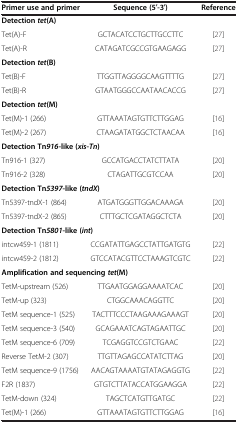
<table><thead><tr><td><b>Primer use and primer</b></td><td><b>Sequence (5′-3′)</b></td><td><b>Reference</b></td></tr></thead><tbody><tr><td colspan="3"><b>Detection </b><b><i>tet</i></b><b>(A)</b></td></tr><tr><td>Tet(A)-F</td><td>GCTACATCCTGCTTGCCTTC</td><td>[27]</td></tr><tr><td>Tet(A)-R</td><td>CATAGATCGCCGTGAAGAGG</td><td>[27]</td></tr><tr><td colspan="3"><b>Detection </b><b><i>tet</i></b><b>(B)</b></td></tr><tr><td>Tet(B)-F</td><td>TTGGTTAGGGGCAAGTTTTG</td><td>[27]</td></tr><tr><td>Tet(B)-R</td><td>GTAATGGGCCAATAACACCG</td><td>[27]</td></tr><tr><td colspan="3"><b>Detection </b><b><i>tet</i></b><b>(M)</b></td></tr><tr><td>Tet(M)-1 (266)</td><td>GTTAAATAGTGTTCTTGGAG</td><td>[16]</td></tr><tr><td>Tet(M)-2 (267)</td><td>CTAAGATATGGCTCTAACAA</td><td>[16]</td></tr><tr><td colspan="3"><b>Detection Tn </b><b><i>916 </i></b><b>-like ( </b><b><i>xis </i></b><b>- </b><b><i>Tn </i></b><b>)</b></td></tr><tr><td>Tn916-1 (327)</td><td>GCCATGACCTATCTTATA</td><td>[20]</td></tr><tr><td>Tn916-2 (328)</td><td>CTAGATTGCGTCCAA</td><td>[20]</td></tr><tr><td colspan="3"><b>Detection Tn </b><b><i>5397 </i></b><b>-like ( </b><b><i>tndX </i></b><b>)</b></td></tr><tr><td>Tn5397-tndX-1 (864)</td><td>ATGATGGGTTGGACAAAGA</td><td>[20]</td></tr><tr><td>Tn5397-tndX-2 (865)</td><td>CTTTGCTCGATAGGCTCTA</td><td>[20]</td></tr><tr><td colspan="3"><b>Detection Tn </b><b><i>5801 </i></b><b>-like ( </b><b><i>int </i></b><b>)</b></td></tr><tr><td>intcw459-1 (1811)</td><td>CCGATATTGAGCCTATTGATGTG</td><td>[22]</td></tr><tr><td>intcw459-2 (1812)</td><td>GTCCATACGTTCCTAAAGTCGTC</td><td>[22]</td></tr><tr><td colspan="3"><b>Amplification and sequencing </b><b><i>tet</i></b><b>(M)</b></td></tr><tr><td>TetM-upstream (526)</td><td>TTGAATGGAGGAAAATCAC</td><td>[20]</td></tr><tr><td>TetM-up (323)</td><td>CTGGCAAACAGGTTC</td><td>[20]</td></tr><tr><td>TetM sequence-1 (525)</td><td>TACTTTCCCTAAGAAAGAAAGT</td><td>[20]</td></tr><tr><td>TetM sequence-3 (540)</td><td>GCAGAAATCAGTAGAATTGC</td><td>[20]</td></tr><tr><td>TetM sequence-6 (709)</td><td>TCGAGGTCCGTCTGAAC</td><td>[22]</td></tr><tr><td>Reverse TetM-2 (307)</td><td>TTGTTAGAGCCATATCTTAG</td><td>[20]</td></tr><tr><td>TetM sequence-9 (1756)</td><td>AACAGTAAAATGTATAGAGGTG</td><td>[22]</td></tr><tr><td>F2R (1837)</td><td>GTGTCTTATACCATGGAAGGA</td><td>[22]</td></tr><tr><td>TetM-down (324)</td><td>TAGCTCATGTTGATGC</td><td>[22]</td></tr><tr><td>Tet(M)-1 (266)</td><td>GTTAAATAGTGTTCTTGGAG</td><td>[16]</td></tr></tbody></table>